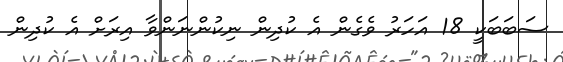
ސަބަބަކީ 18 އަހަރު ވެގެން އެ ކުދިން ނިކުންނަންވާ އިރަށް އެ ކުދިން